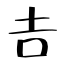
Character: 𠮷